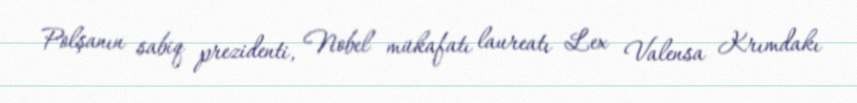
Polşanın sabiq prezidenti, Nobel mükafatı laureatı Lex Valensa Krımdakı